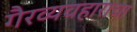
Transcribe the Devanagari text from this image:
गैरव्यवहाराचा